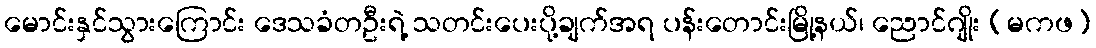
မောင်းနှင်သွားကြောင်း ဒေသခံတဦးရဲ့ သတင်းပေးပို့ချက်အရ ပန်းတောင်းမြို့နယ်၊ ညောင်ဂျိုး (မကဖ)